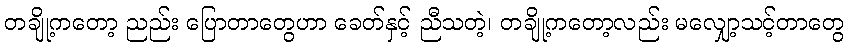
တချို့ကတော့ ညည်း ပြောတာတွေဟာ ခေတ်နှင့် ညီသတဲ့၊ တချို့ကတော့လည်း မလျှော့သင့်တာတွေ